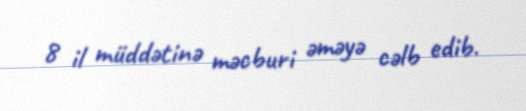
8 il müddətinə məcburi əməyə cəlb edib.